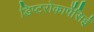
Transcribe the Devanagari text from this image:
डिप्टरोकार्पेसिई